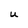
Character: U